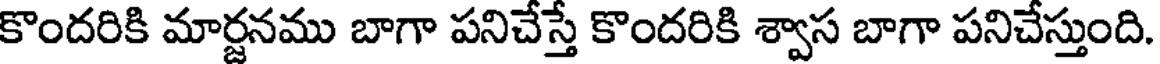
కొందరికి మార్జనము బాగా పనిచేస్తే కొందరికి శ్వాస బాగా పనిచేస్తుంది